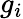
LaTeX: g_{i}